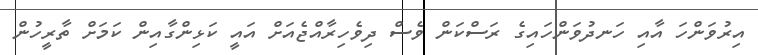
އިރުވަންހަ އާއި ހަނދުވަންހައިގެ ރަސްކަން ވެސް ދިވެހިރާއްޖެއަށް އައީ ކަޅިންގާއިން ކަމަށް ތާރީހުން